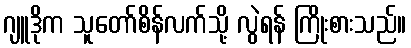
ဂျူဒိုက သူတော်စိန်လက်သို့ လွဲရန် ကြိုးစားသည်။